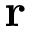
\bf r